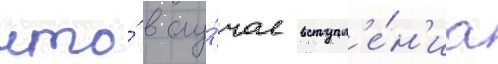
что́ в слу́чае вступл'е́н'иа